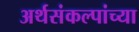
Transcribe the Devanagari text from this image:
अर्थसंकल्पांच्या